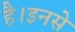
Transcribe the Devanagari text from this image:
है।इनसे